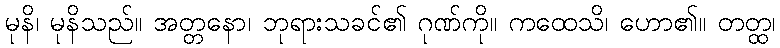
မုနိ၊ မုနိသည်။ အတ္တနော၊ ဘုရားသခင်၏ ဂုဏ်ကို။ ကထေသိ၊ ဟော၏။ တတ္ထ၊